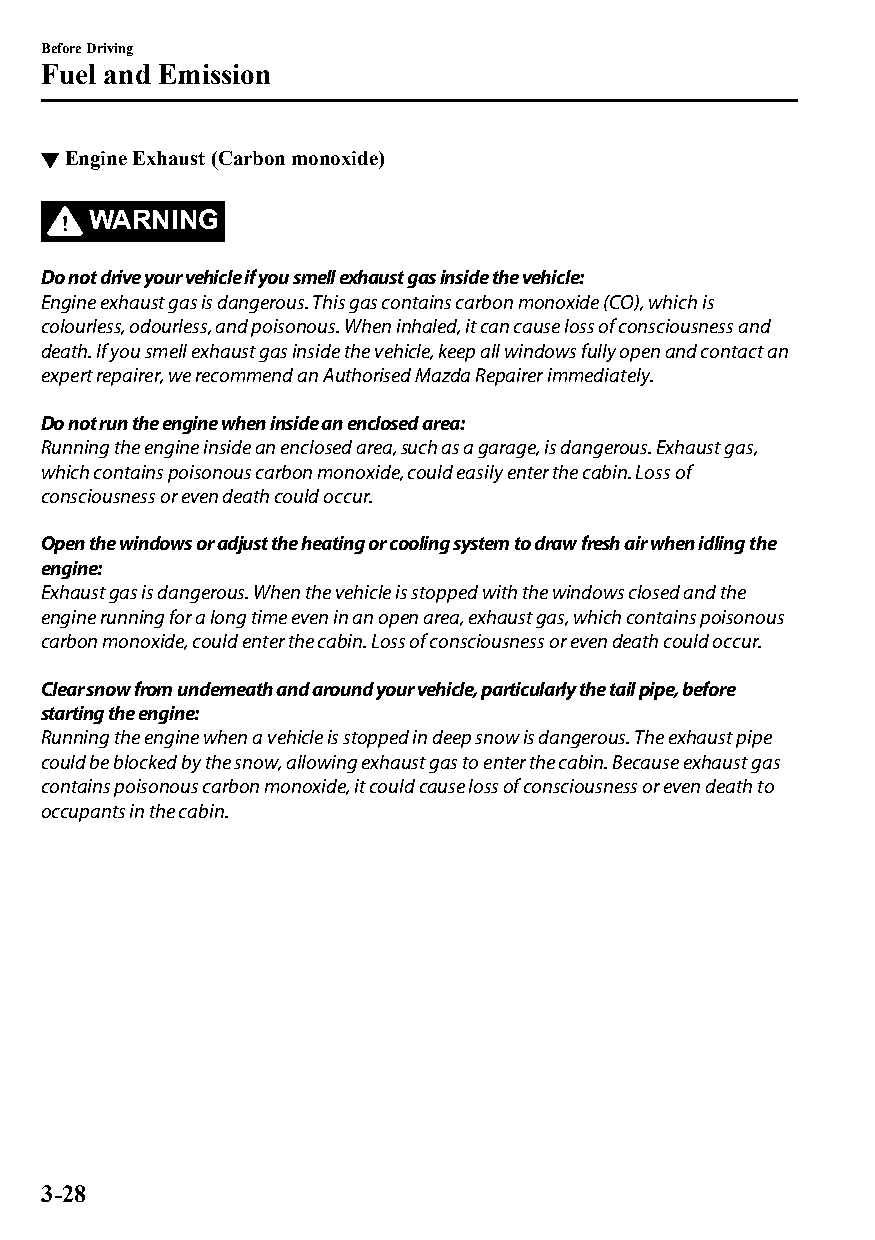
Before Driving
 Fuel and Emission
 ▼Engine Exhaust (Carbon monoxide)
 WARNING
 Do not drive your vehicle if you smell exhaust gas inside the vehicle:
 Engine exhaust gas is dangerous. This gas contains carbon monoxide (CO), which is
 colourless, odourless, and poisonous. When inhaled, it can cause loss of consciousness and
 death. If you smell exhaust gas inside the vehicle, keep all windows fully open and contact an
 expert repairer, we recommend an Authorised Mazda Repairer immediately.
 Do not run the engine when inside an enclosed area:
 Running the engine inside an enclosed area, such as a garage, is dangerous. Exhaust gas,
 which contains poisonous carbon monoxide, could easily enter the cabin. Loss of
 consciousness or even death could occur.
 Open the windows or adjust the heating or cooling system to draw fresh air when idling the
 engine:
 Exhaust gas is dangerous. When the vehicle is stopped with the windows closed and the
 engine running for a long time even in an open area, exhaust gas, which contains poisonous
 carbon monoxide, could enter the cabin. Loss of consciousness or even death could occur.
 Clear snow from underneath and around your vehicle, particularly the tail pipe, before
 starting the engine:
 Running the engine when a vehicle is stopped in deep snow is dangerous. The exhaust pipe
 could be blocked by the snow, allowing exhaust gas to enter the cabin. Because exhaust gas
 contains poisonous carbon monoxide, it could cause loss of consciousness or even death to
 occupants in the cabin.
 3-28
 CX-3_8GT4-EE-18D_Edition4                  2018-9-6 18:32:19